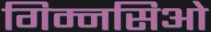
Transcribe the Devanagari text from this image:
गिम्नसिओ